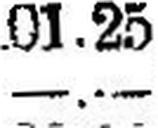
—.—